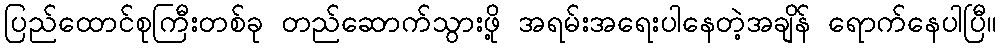
ပြည်ထောင်စုကြီးတစ်ခု တည်ဆောက်သွားဖို့ အရမ်းအရေးပါနေတဲ့အချိန် ရောက်နေပါပြီ။